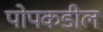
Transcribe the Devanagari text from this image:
पोपकडील